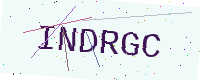
Text: INDRGC